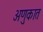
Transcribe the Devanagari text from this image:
अणुकात